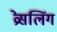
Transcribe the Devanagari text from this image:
व्रेसलिंग